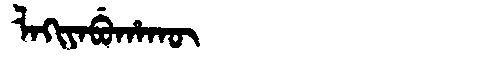
Manchu: ᠯᠠᡴᡳᠶᠠᠪᡠᡥᠠᡴᡡ
Romanization: LAKIYABUHAKŪ